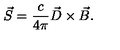
\vec { S } = \frac { c } { 4 \pi } \vec { D } \times \vec { B } .